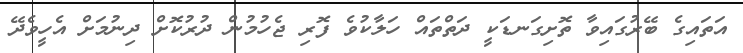
އަތައިގެ ބޭރުގައިވާ ތޮށިގަނޑަކީ ދަތްތައް ހަލާކުވެ ފޮރި ޖެހުމުން ދުރުކޮށް ދިނުމަށް އެހީވެދޭ